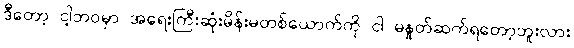
ဒီတော့ ငါ့ဘဝမှာ အရေးကြီးဆုံးမိန်းမတစ်ယောက်ကို ငါ မနှုတ်ဆက်ရတော့ဘူးလား